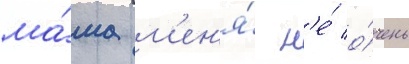
ма́ма м'ен'я́ н'е́ о́чень